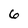
Character: 6